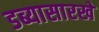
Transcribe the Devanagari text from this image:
डब्यासारखे